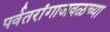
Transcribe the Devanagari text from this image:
पर्वतरांगाजवळच्या